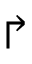
\Rsh